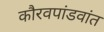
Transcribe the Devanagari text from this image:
कौरवपांडवांत